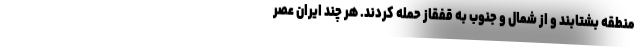
منطقه بشتابند و از شمال و جنوب به قفقاز حمله کردند. هر چند ایران عصر